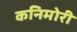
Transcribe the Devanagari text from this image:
कनिमोरी